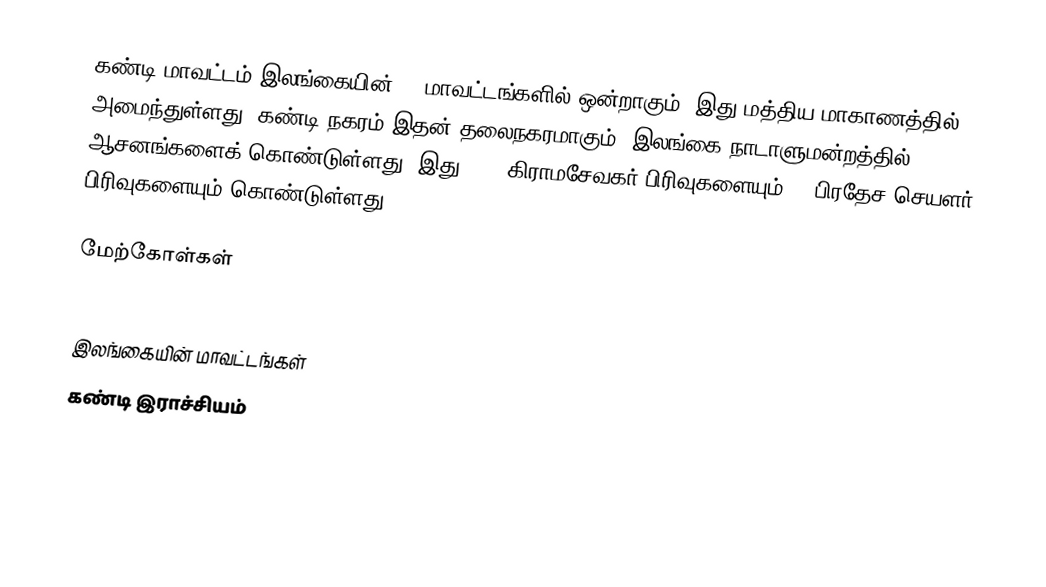
கண்டி மாவட்டம் இலங்கையின் 25 மாவட்டங்களில் ஒன்றாகும். இது மத்திய மாகாணத்தில் அமைந்துள்ளது. கண்டி நகரம் இதன் தலைநகரமாகும். இலங்கை நாடாளுமன்றத்தில் 8 ஆசனங்களைக் கொண்டுள்ளது. இது  1188 கிராமசேவகர் பிரிவுகளையும் 20 பிரதேச செயளர் பிரிவுகளையும் கொண்டுள்ளது.

மேற்கோள்கள்

இலங்கையின் மாவட்டங்கள்
கண்டி இராச்சியம்